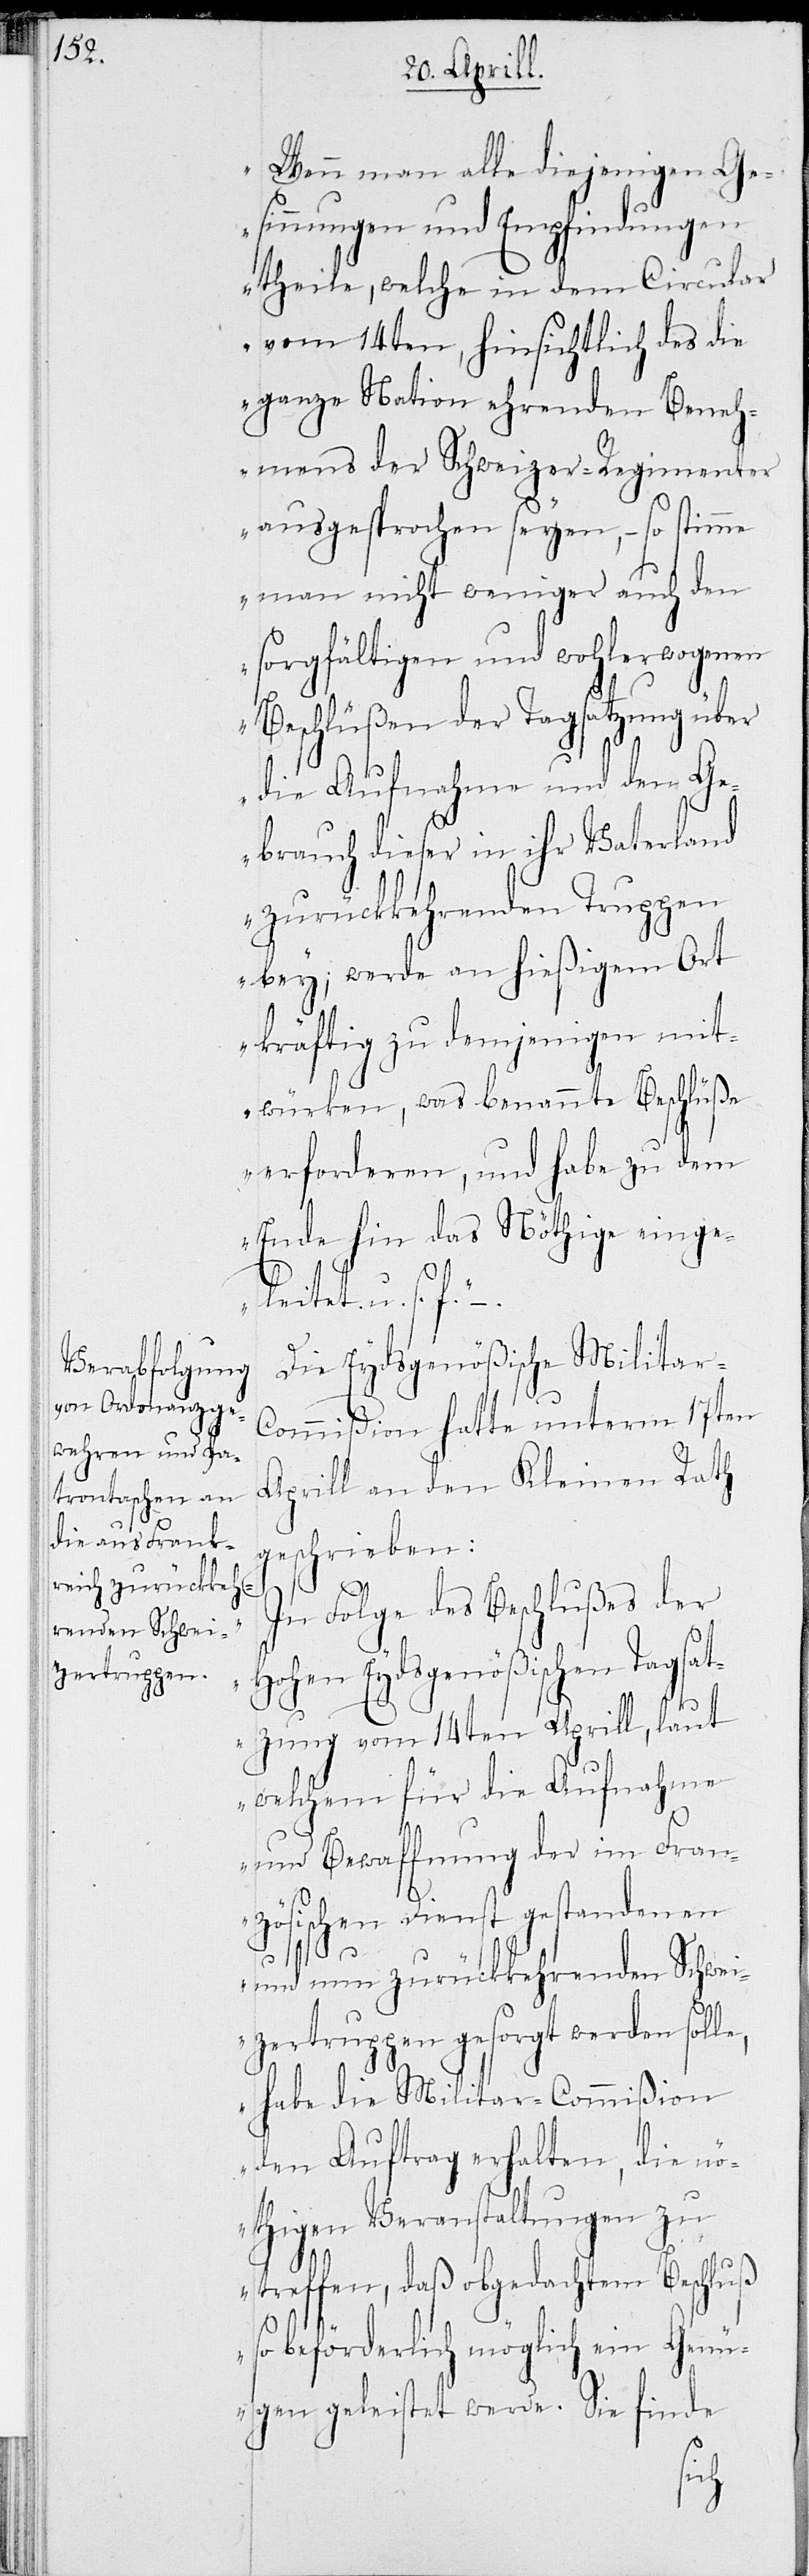
„Wenn man alle diejenigen Ge¬
sinnungen und Empfindungen
theile, welche in dem Circular
vom 14ten, hinsichtlich des die
ganze Nation ehrenden Beneh¬
mens der Schweizer-Regimenter
ausgesprochen seyen, – so stimme
man nicht weniger auch den
sorgfältigen und wohlerwogenen
Beschlüßen der Tagsatzung über
die Aufnahme und den Ge¬
brauch dieser in ihr Vaterland
zurückkehrenden Truppen
bey; werde an hießigem Ort
kräftig zu demjenigen mit¬
würken, was benannte Beschlüße
erforderen, und habe zu dem
Ende hin das Nöthige einge¬
leitet u. s. f.“
Die Eydsgenößische Militar-C¬
ommißion hatte unterm 17ten
Aprill an den Kleinen Rath
geschrieben:
„In Folge des Beschlußes der
Hohen Eydsgenößischen Tagsat¬
zung vom 14ten Aprill, laut
welchem für die Aufnahme
und Bewaffnung der im Fran¬
zösischen Dienst gestandenen
und nun zurückkehrenden Schwei¬
zertruppen gesorgt werden soll¬
e, habe die Militar-Commißion
den Auftrag erhalten, die n¬
öthigen Veranstaltungen zu
treffen, daß obgedachtem Beschluß
beförderlich möglich ein Gen¬
ügen geleistet werde. Sie finde